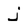
Character: j